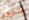
ماجور